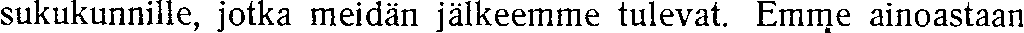
sukukunnille, jotka meidän jälkeemme tulevat. Emme ainoastaan